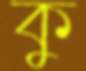
কু